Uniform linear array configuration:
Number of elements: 32
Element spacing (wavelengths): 0.25
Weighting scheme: kaiser
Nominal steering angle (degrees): -60
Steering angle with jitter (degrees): -61.984
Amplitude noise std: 0.05
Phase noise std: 0.05

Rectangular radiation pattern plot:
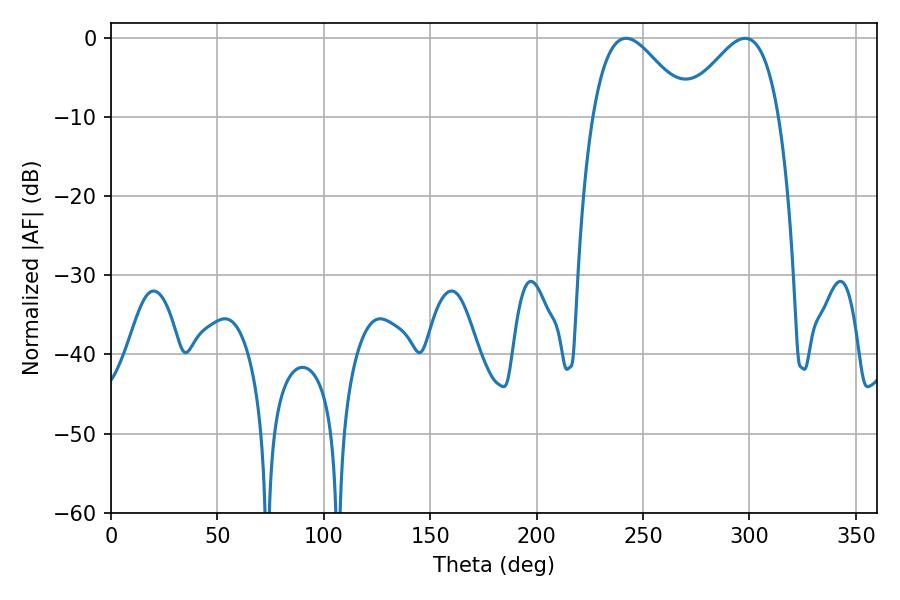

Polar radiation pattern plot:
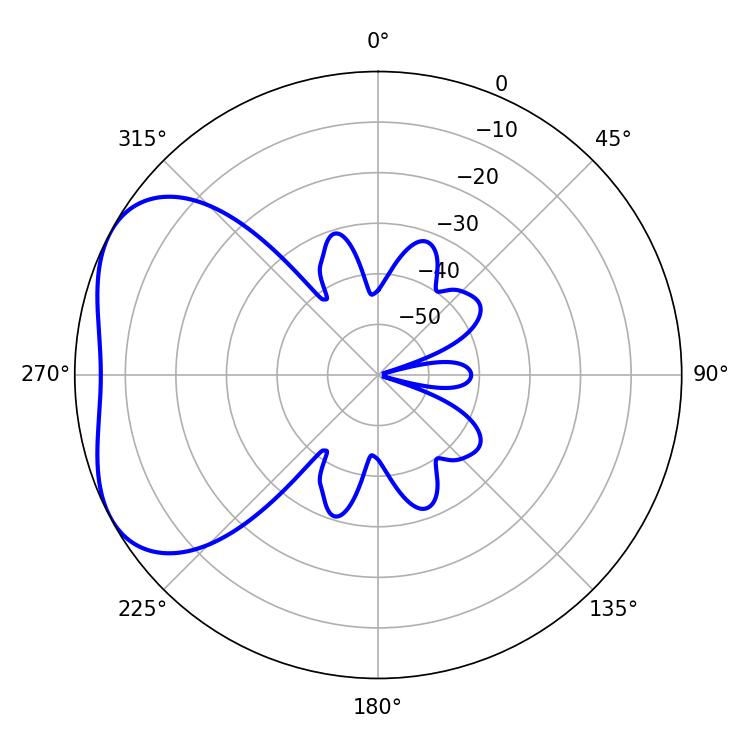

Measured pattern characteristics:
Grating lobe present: FALSE
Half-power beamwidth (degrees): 24.12
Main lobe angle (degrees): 242.1